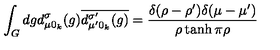
\int _ { G } d g d _ { \mu 0 _ { k } } ^ { \sigma } ( g ) \overline { { d _ { \mu ^ { \prime } 0 _ { k } } ^ { \sigma ^ { \prime } } ( g ) } } = \frac { \delta ( \rho - \rho ^ { \prime } ) \delta ( \mu - \mu ^ { \prime } ) } { \rho \tanh \pi \rho }